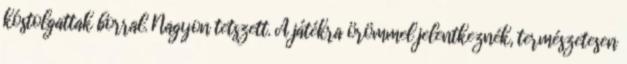
kóstolgattak borral. Nagyon tetszett. A játékra örömmel jelentkeznék, természetesen